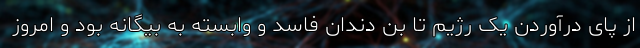
از پای درآوردن یک رژیم تا بن دندان فاسد و وابسته به بیگانه بود و امروز